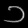
Digit: ၁